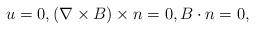
LaTeX: \begin{align*}u=0,(\nabla \times B)\times n=0,B\cdot n=0, \end{align*}